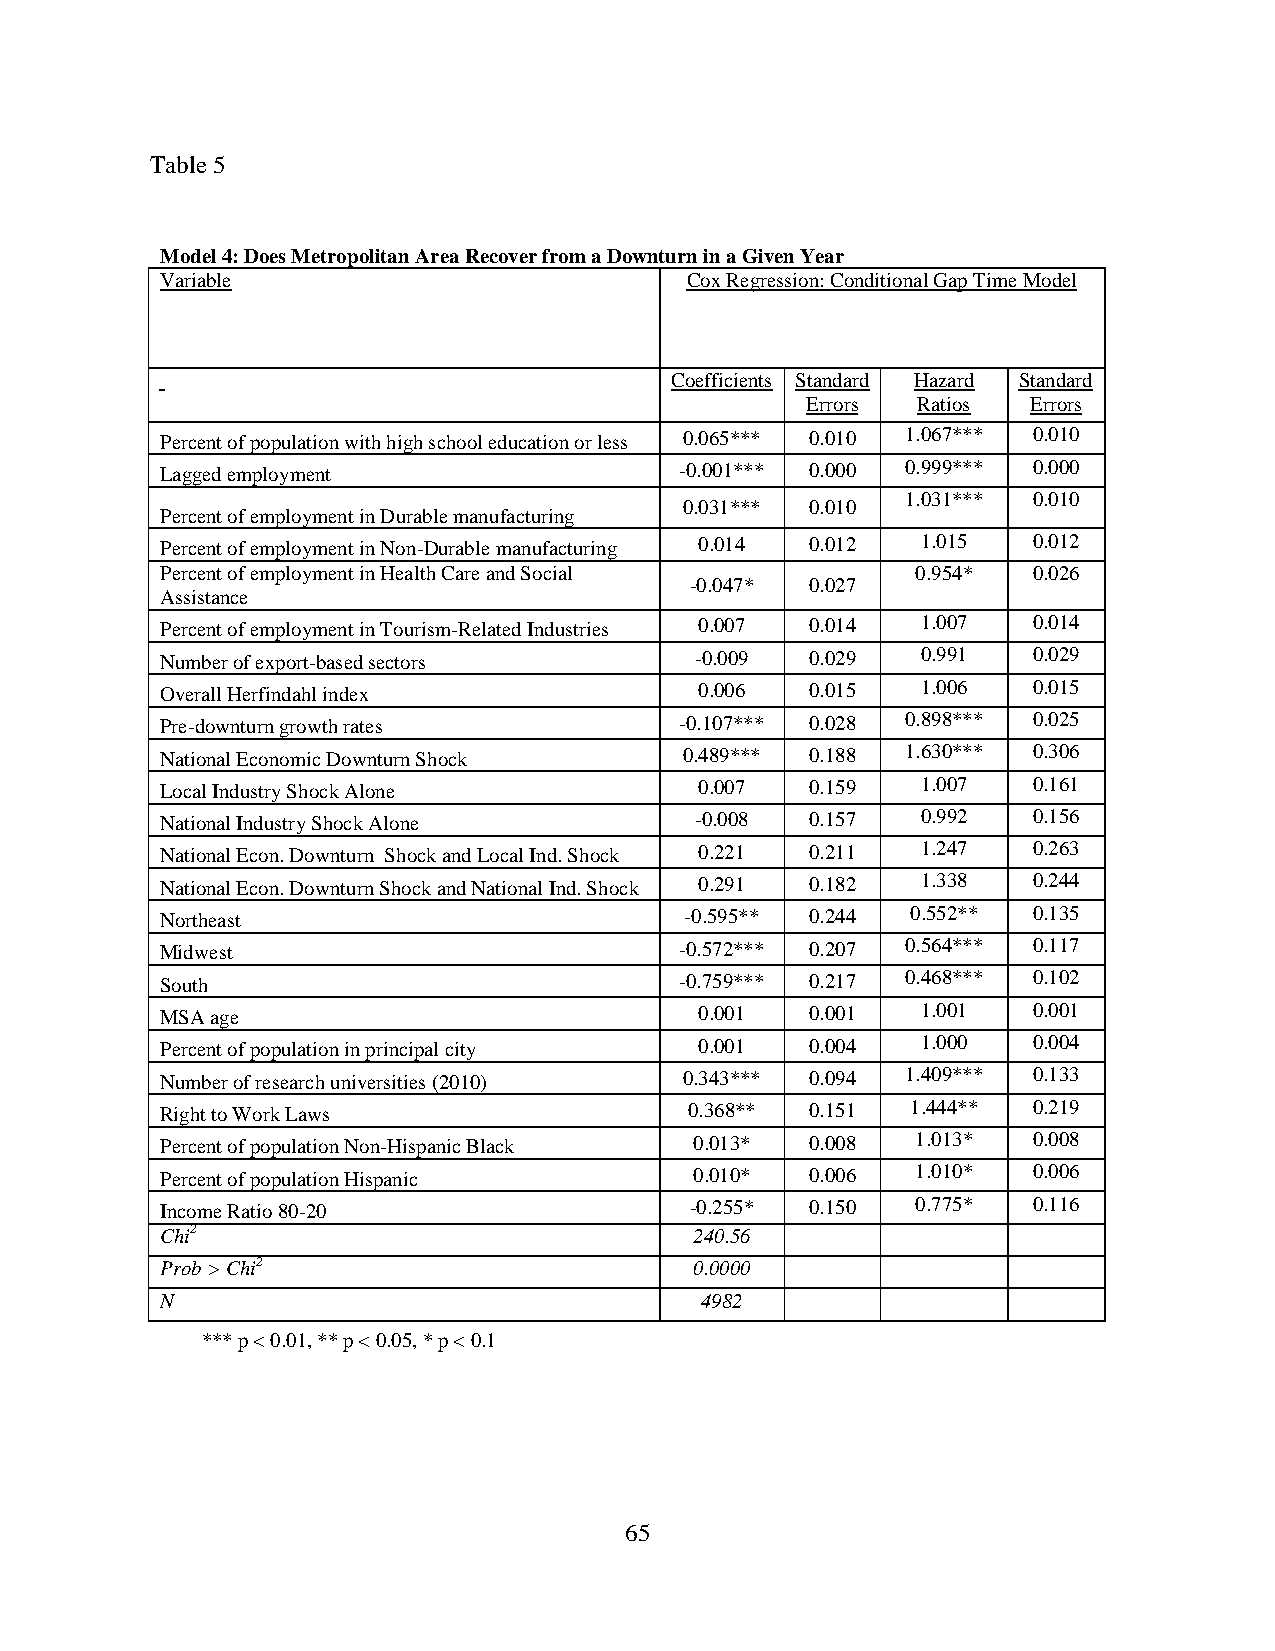
Table 5
 Model 4: Does Metropolitan Area Recover from a Downturn in a Given Year
 Variable                          Cox Regression: Conditional Gap Time Model
 Coefficients Standard Hazard Standard
 Errors  Ratios Errors
 Percent of population with high school education or less 0.065*** 0.010 1.067*** 0.010
 Lagged employment                 -0.001*** 0.000 0.999*** 0.000
 1.031*** 0.010
 0.031*** 0.010
 Percent of employment in Durable manufacturing
 Percent of employment in Non-Durable manufacturing 0.014 0.012 1.015 0.012
 Percent of employment in Health Care and Social   0.954* 0.026
 -0.047* 0.027
 Assistance
 Percent of employment in Tourism-Related Industries 0.007 0.014 1.007 0.014
 Number of export-based sectors     -0.009  0.029  0.991  0.029
 Overall Herfindahl index           0.006   0.015  1.006  0.015
 Pre-downturn growth rates         -0.107*** 0.028 0.898*** 0.025
 National Economic Downturn Shock  0.489*** 0.188 1.630*** 0.306
 Local Industry Shock Alone         0.007   0.159  1.007  0.161
 National Industry Shock Alone      -0.008  0.157  0.992  0.156
 National Econ. Downturn Shock and Local Ind. Shock 0.221 0.211 1.247 0.263
 National Econ. Downturn Shock and National Ind. Shock 0.291 0.182 1.338 0.244
 Northeast                         -0.595** 0.244 0.552** 0.135
 Midwest                           -0.572*** 0.207 0.564*** 0.117
 South                             -0.759*** 0.217 0.468*** 0.102
 MSA age                            0.001   0.001  1.001  0.001
 Percent of population in principal city 0.001 0.004 1.000 0.004
 Number of research universities (2010) 0.343*** 0.094 1.409*** 0.133
 Right to Work Laws                 0.368** 0.151 1.444** 0.219
 Percent of population Non-Hispanic Black 0.013* 0.008 1.013* 0.008
 Percent of population Hispanic     0.010*  0.006  1.010* 0.006
 Income Ratio 80-20                 -0.255* 0.150  0.775* 0.116
 Chi2                               240.56
 Prob > Chi2                        0.0000
 N                                  4982
 *** p < 0.01, ** p < 0.05, * p < 0.1
 65